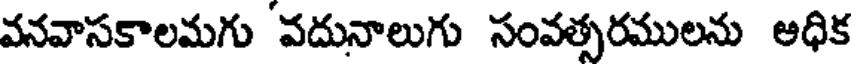
వనవాసకాలమగు వదునాలుగు సంవత్సరములను అధిక